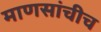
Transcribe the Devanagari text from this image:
माणसांचीच